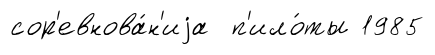
сор'евнова́н'иjа п'ило́ты 1985